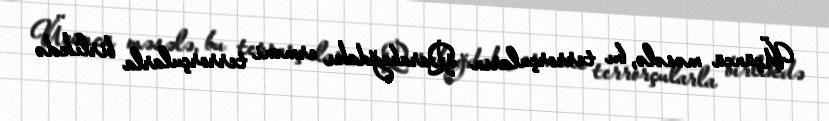
Üçüncü məsələ, bu terrorçuların Qarabağdakı erməni terrorçularla birlikdə